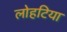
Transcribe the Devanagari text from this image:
लोहटिया